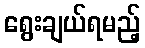
ရွေးချယ်ရမည့်